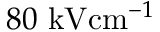
8 0 \ensuremath { ~ \mathrm { k V } \mathrm { c m } ^ { - 1 } }